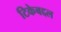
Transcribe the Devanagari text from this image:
टिकेबद्दल